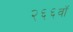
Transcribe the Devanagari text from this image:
२६६वॉ